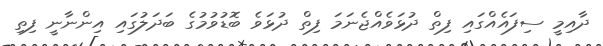
ދާއިމީ ސިފައެއްގައި ފިތް ދުޅަވެއްޖެނަމަ ފިތް ދުޅަވެ ބޮޑުވުމުގެ ބަދަލުގައި އިންނާނީ ފިތި